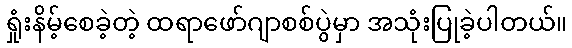
ရှုံးနိမ့်စေခဲ့တဲ့ ထရာဖော်ဂျာစစ်ပွဲမှာ အသုံးပြုခဲ့ပါတယ်။